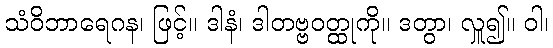
သံဝိဘာရေဂန၊ ဖြင့်။ ဒါနံ၊ ဒါတဗ္ဗဝတ္ထုကို။ ဒတွာ၊ လှူ၍။ ဝါ၊